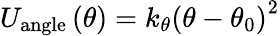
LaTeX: U_{\mathrm{angle}}\left(\theta\right)=k_{\theta}\left(\theta-\theta_{0}\right)^{2}